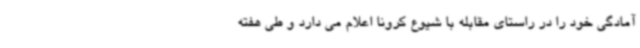
آمادگی خود را در راستای مقابله با شیوع کرونا اعلام می دارد و طی هفته